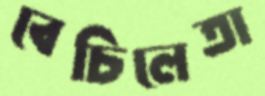
বেচিলেতা